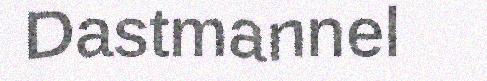
Dastmannel